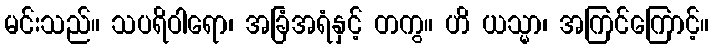
မင်းသည်။ သပရိဝါရော၊ အခြံအရံနှင့် တကွ။ ဟိ ယသ္မာ၊ အကြင်ကြောင့်။